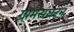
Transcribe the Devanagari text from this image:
ग्रामसंघटन